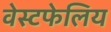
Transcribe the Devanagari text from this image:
वेस्टफेलिय